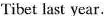
Tibet last year.